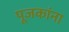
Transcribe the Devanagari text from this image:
पूजकांना